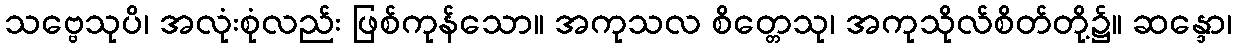
သဗ္ဗေသုပိ၊ အလုံးစုံလည်း ဖြစ်ကုန်သော။ အကုသလ စိတ္တေသု၊ အကုသိုလ်စိတ်တို့၌။ ဆန္ဒော၊